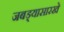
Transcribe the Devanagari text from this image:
जबड्यासारखे